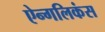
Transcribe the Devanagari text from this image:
ऐन्गलिकंस